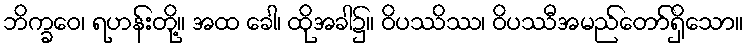
ဘိက္ခဝေ၊ ရဟန်းတို့။ အထ ခေါ၊ ထိုအခါ၌။ ဝိပဿိဿ၊ ဝိပဿီအမည်တော်ရှိသော။